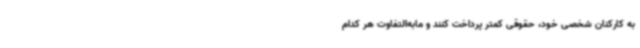
به کارکنان شخصی خود، حقوقی کمتر پرداخت کنند و مابه‌التفاوت هر کدام